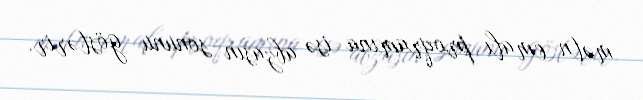
mətn emalı proqramına isə abzasın sonunu göstərir.